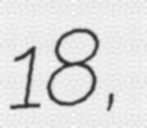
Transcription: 18,